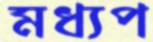
মধ্যপ